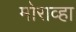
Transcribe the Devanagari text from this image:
मोराव्हा